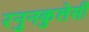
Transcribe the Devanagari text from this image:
रनुनकुलेसी